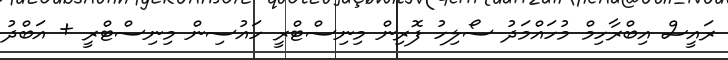
ރައީސް އިބްރާހިމް މުހައްމަދު ސޯލިހު ފޮރިން މިނިސްޓްރީ ހައުސިން މިނިސްޓްރީ + އަބްދު